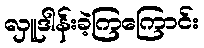
လှူဒါန်းခဲ့ကြကြောင်း